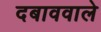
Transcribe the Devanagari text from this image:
दबाववाले